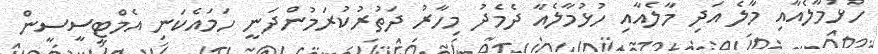
ހުޅުމާލެއާއި މާލެ އަދި މާލެއާއި ހުޅުމާލެއާ ދެމެދު މިހާރު ދަތުރުކުރަމުންދަނީ ހަމައެކަނި އެމްޓީސީސީން